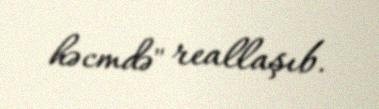
həcmdə" reallaşıb.